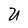
Character: U